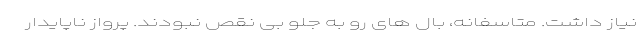
نیاز داشت. متاسفانه، بال های رو به جلو بی نقص نبودند. پرواز ناپایدار